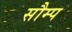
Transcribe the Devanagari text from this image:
सौम्प